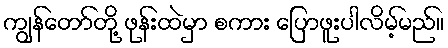
ကျွန်တော်တို့ ဖုန်းထဲမှာ စကား ပြောဖူးပါလိမ့်မည်။